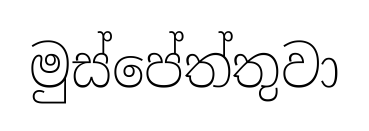
මුස්පේත්තුවා